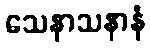
သေနာသနာနံ